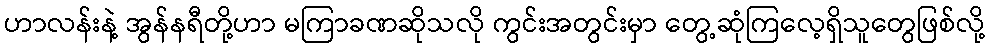
ဟာလန်းနဲ့ အွန်နရီတို့ဟာ မကြာခဏဆိုသလို ကွင်းအတွင်းမှာ တွေ့ဆုံကြလေ့ရှိသူတွေဖြစ်လို့